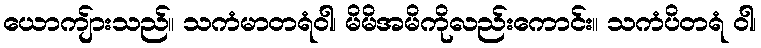
ယောကျ်ားသည်။ သကံမာတရံဝါ၊ မိမိအမိကိုလည်းကောင်း။ သကံပိတရံ ဝါ၊